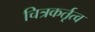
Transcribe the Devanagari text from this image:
चित्रकर्तृत्व